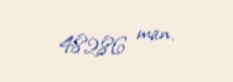
48286 man.